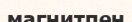
магнитпен